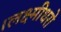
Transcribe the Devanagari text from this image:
।लक्ष्मीधरो